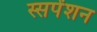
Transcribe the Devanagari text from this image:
स्सपेंशन